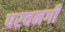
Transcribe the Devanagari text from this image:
परवनगी